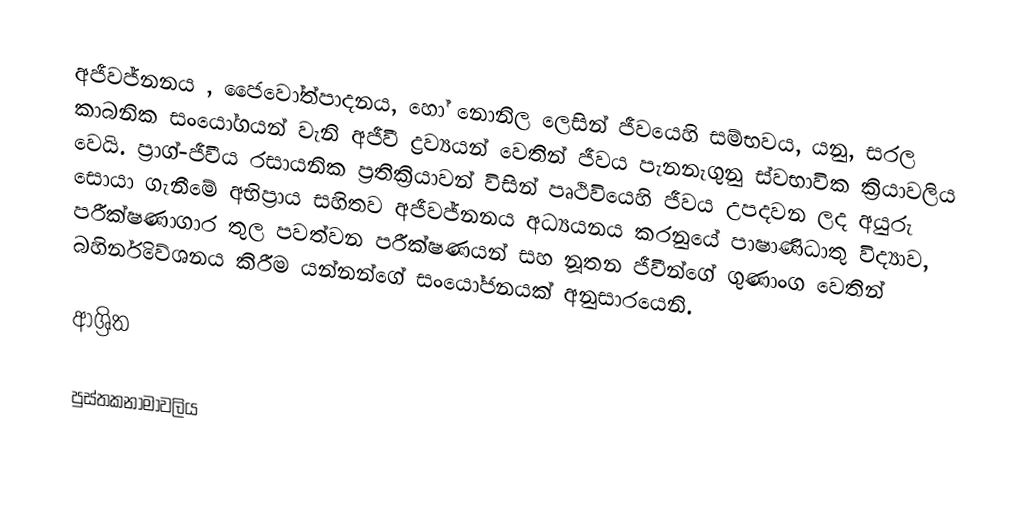
අජීවජ්නනය ,  ජෛවෝත්පාදනය, හෝ  නොනිල ලෙසින් ජීවයෙහි සම්භවය, යනු, සරල කාබනික සංයෝගයන් වැනි අජීවී ද්‍රව්‍යයන් වෙතින් ජීවය පැනනැගුනු ස්වභාවික ක්‍රියාවලිය වෙයි.  ප්‍රාග්-ජීවීය රසායනික ප්‍රතික්‍රියාවන් විසින් පෘථිවියෙහි ජීවය උපදවන ලද අයුරු සොයා ගැනීමේ අභිප්‍රාය සහිතව අජීවජ්නනය අධ්‍යයනය කරනුයේ  පාෂාණිධාතු විද්‍යාව, පරීක්ෂණාගාර තුල පවත්වන පරීක්ෂණයන් සහ නූතන  ජීවීන්ගේ ගුණාංග වෙතින් බහිර්නිවේශනය කිරීම යන්නන්ගේ සංයෝජනයක් අනුසාරයෙනි.

ආශ්‍රිත

පුස්තකනාමාවලිය